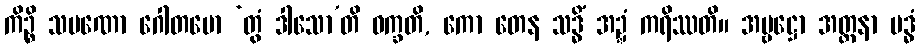
ကိဉ္စိ သမဏော ဂေါတမော ‘တွံ ဒါသော’တိ ဝက္ခတိ, ကော တေန သဒ္ဓိံ အဍ္ဍံ ကရိဿတိ။ အမ္ဗဋ္ဌော အတ္တနာ ဗဒ္ဓံ